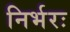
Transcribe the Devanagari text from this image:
निर्भरः